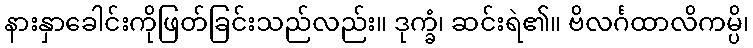
နားနှာခေါင်းကိုဖြတ်ခြင်းသည်လည်း။ ဒုက္ခံ၊ ဆင်းရဲ၏။ ဗိလင်္ဂထာလိကမ္ပိ၊